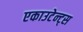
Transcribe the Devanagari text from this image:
एकाउटेन्ट्स